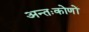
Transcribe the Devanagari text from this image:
अन्तःकोणों